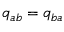
{ q } _ { a b } = { q } _ { b a }